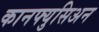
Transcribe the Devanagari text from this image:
कानफ्युसिअन